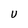
Character: U